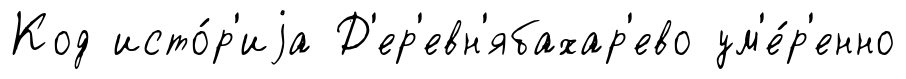
Код исто́р'иjа Д'ер'евн'ябахар'ево ум'е́р'енно